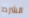
الشرط